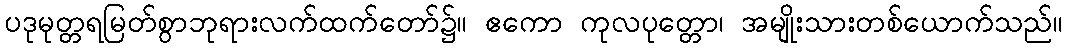
ပဒုမုတ္တရမြတ်စွာဘုရားလက်ထက်တော်၌။ ဧကော ကုလပုတ္တော၊ အမျိုးသားတစ်ယောက်သည်။